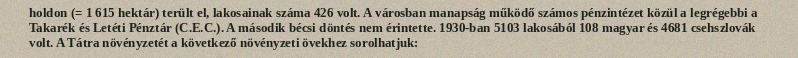
holdon (= 1 615 hektár) terült el, lakosainak száma 426 volt. A városban manapság működő számos pénzintézet közül a legrégebbi a Takarék és Letéti Pénztár (C.E.C.). A második bécsi döntés nem érintette. 1930-ban 5103 lakosából 108 magyar és 4681 csehszlovák volt. A Tátra növényzetét a következő növényzeti övekhez sorolhatjuk: